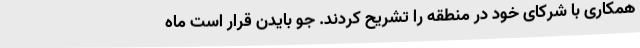
همکاری با شرکای خود در منطقه را تشریح کردند. جو بایدن قرار است ماه